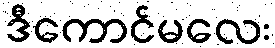
ဒီကောင်မလေး